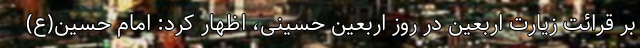
بر قرائت زیارت اربعین در روز اربعین حسینی، اظهار کرد: امام حسین(ع)